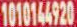
1010144920